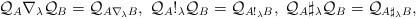
LaTeX: \begin{align*}{\mathcal Q}_A\nabla_{\lambda}{\mathcal Q}_B={\mathcal Q}_{A\nabla_{\lambda}B},\; {\mathcal Q}_A!_{\lambda}{\mathcal Q}_B={\mathcal Q}_{A!_{\lambda}B},\; {\mathcal Q}_A\sharp_{\lambda}{\mathcal Q}_B={\mathcal Q}_{A\sharp_{\lambda}B},\end{align*}